Vaccination in Burma 1900-1911 - 1900-1911
Year: 1900
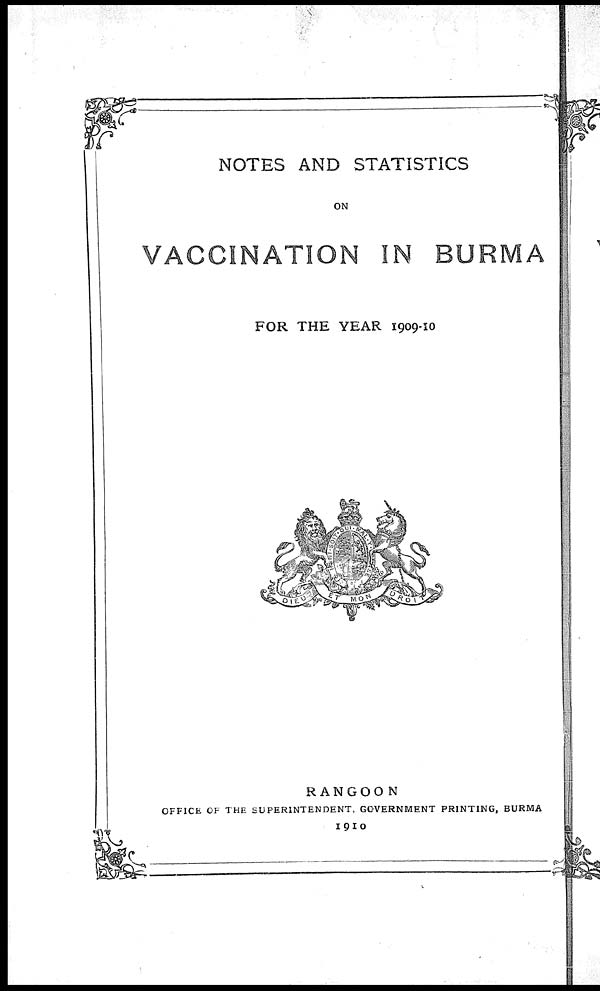
NOTES AND STATISTICS
ON
VACCINATION IN BURMA
FOR THE YEAR 1909-10
RANGOON
OFFICE OF THE SUPERINTENDENT, GOVERNMENT PRINTING, BURMA
1910